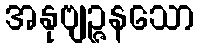
အနုဗျဉ္ဇနသော